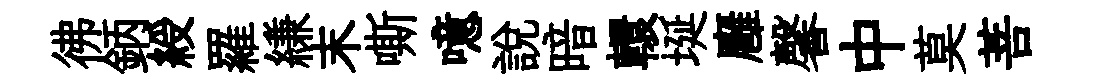
彿鈵綬羅縑末嘶噫説暗轘埏廱馨中莫菩